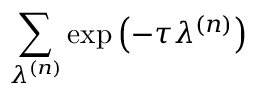
\sum _ { \lambda ^ { \left( n \right) } } \exp \left( - \tau \lambda ^ { \left( n \right) } \right)